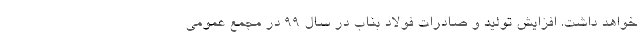
خواهد داشت. افزایش تولید و صادرات فولاد بناب در سال 99 در مجمع عمومی